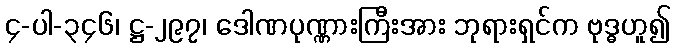
၄-ပါ-၃၄၆၊ ဋ္ဌ-၂၉၇၊ ဒေါဏပုဏ္ဏားကြီးအား ဘုရားရှင်က ဗုဒ္ဓဟူ၍